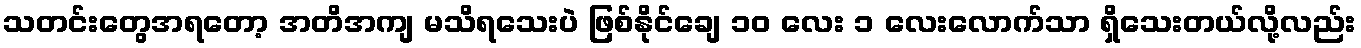
သတင်းတွေအရတော့ အတိအကျ မသိရသေးပဲ ဖြစ်နိုင်ချေ ၁၀ လေး ၁ လေးလောက်သာ ရှိသေးတယ်လို့လည်း